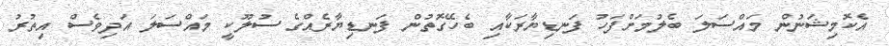
އެކޮމިޝަނުން މައްސަލަ ބެލުމަށްފަހު ފަނޑިޔާރަކާއި ބެހޭގޮތުން ފަނޑިޔާރެއްގެ ސުލޫކީ މައްސަލަ އަދިވެސް އިތުރު